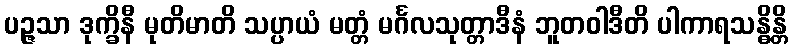
ပဉ္ဇသာ ဒုက္ခိနီ မုတိမာတိ သပ္ပာယံ မတ္တံ မင်္ဂလသုတ္တာဒီနံ ဘူတဝါဒီတိ ပါကာရသန္ဓိန္တိ